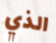
الذي